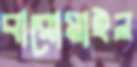
বারোমাইল